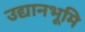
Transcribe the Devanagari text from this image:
उद्यानभूमि